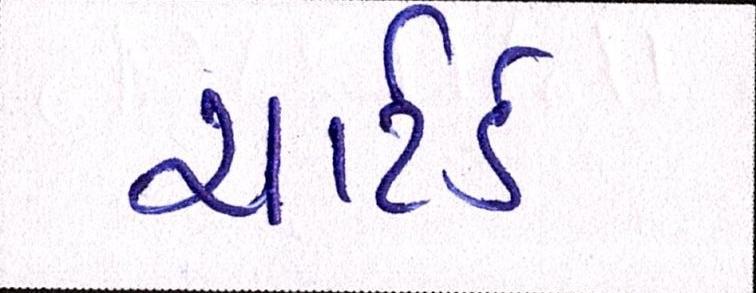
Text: ચાર્ટર્ડ